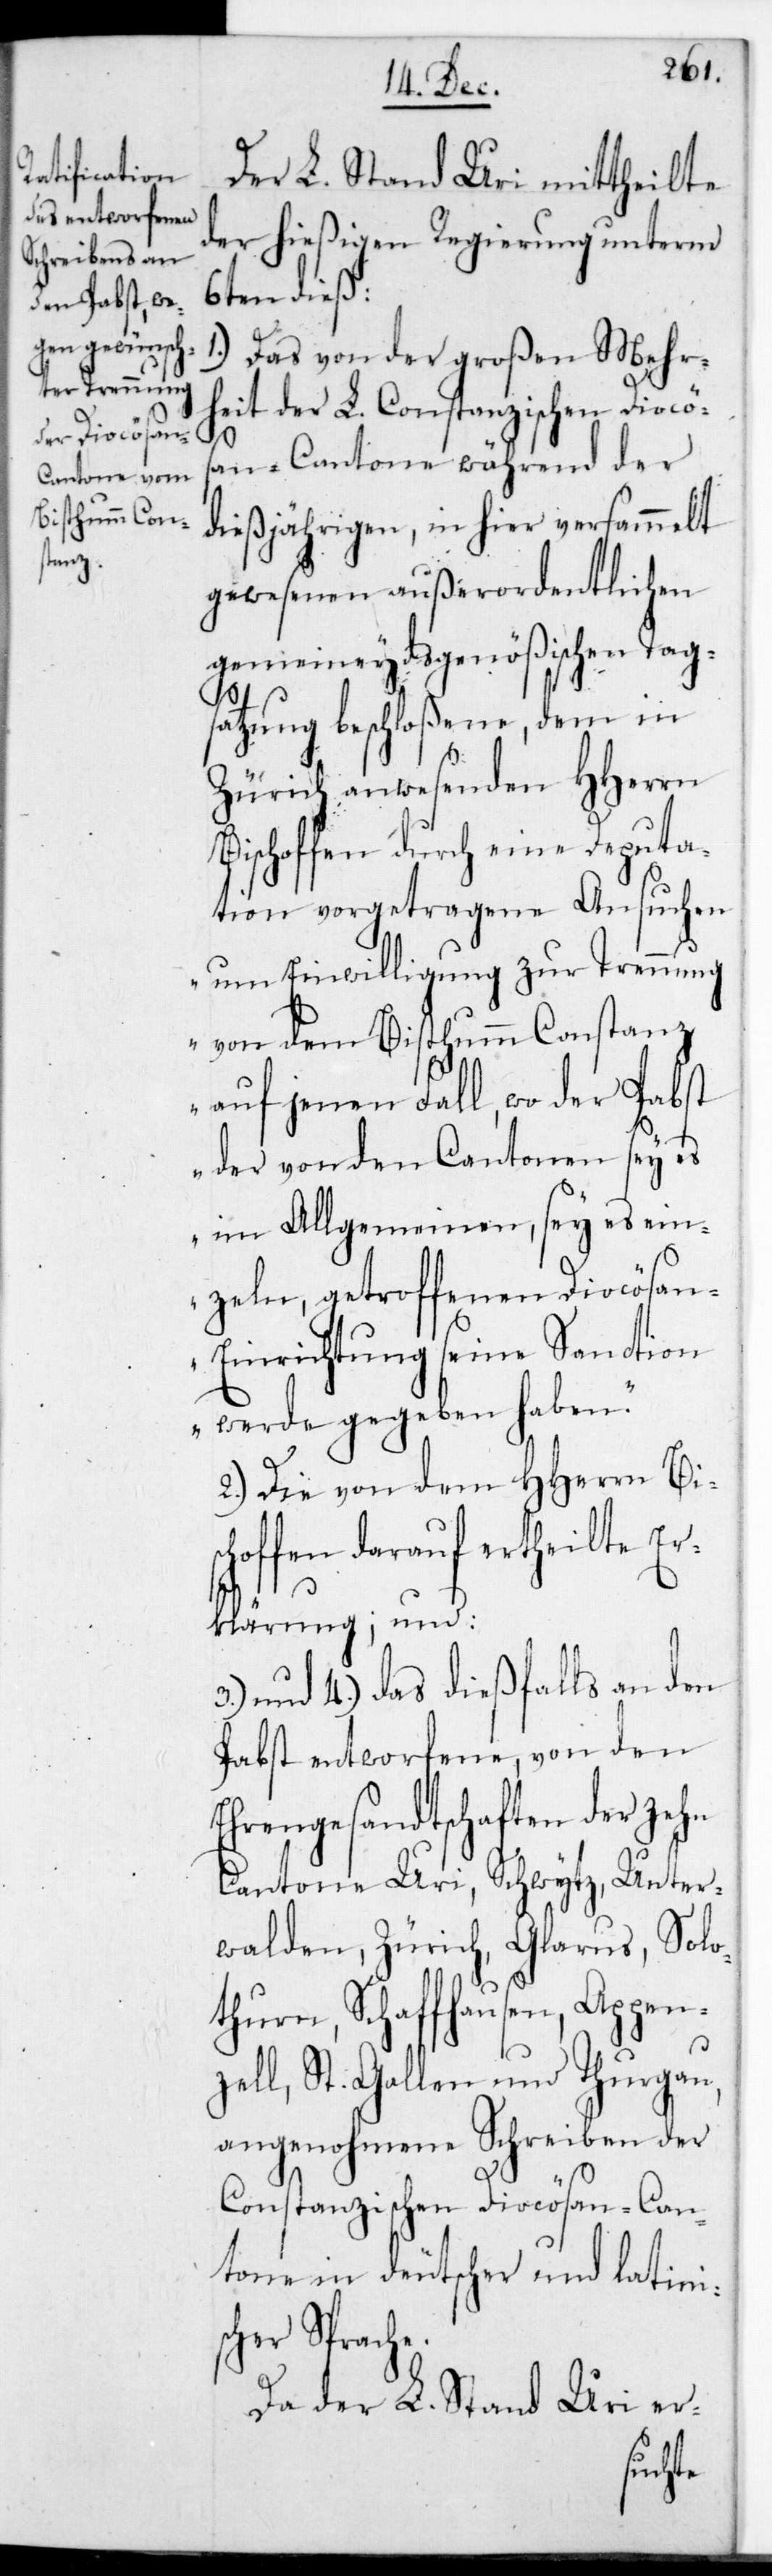
Der L. Stand Uri mittheilte
der hießigen Regierung unterm
6ten dieß:
1.) Das von der großen Mehr¬
heit der L. Constanzischen Diocös¬
3.)
an-Cantone während der
dießjährigen, in hier versammelt
gewesenen außerordentlichen
gemeineydsgenößischen Tag¬
satzung beschloßene, dem in
Zürich anwesenden HHerrn
Bischofen durch eine Deputa¬
tion vorgetragene Ansuchen
„um Einwilligung zur Trennung
von dem Bisthum Constanz
auf jenen Fall, wo der Pabst
der von den Cantonen, sei es
im Allgemeinen, sei es ein¬
zeln, getroffenen Diocösa¬
n-Einrichtung seine Sanction
werde gegeben haben.“
2.) Die von dem HHerrn Bis¬
chofen darauf ertheilte Er¬
klärung; und
und 4.) das dießfalls an den
Pabst entworfene, von den
Ehrengesandtschaften der zehn
Cantone Uri, Schwytz, Unter¬
walden, Zürich, Glarus, Solo¬
thurn, Schaffhausen, Appen¬
zell, St. Gallen und Thurgau,
angenohmene Schreiben der
Constanzischen Diöcesan-Can¬
tone in deutscher und lateinis¬
cher Sprache.
Da der L. Stand Uri er-